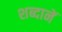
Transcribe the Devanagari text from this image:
शब्दानें